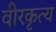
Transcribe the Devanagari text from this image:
वीरकृत्य